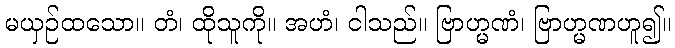
မယှဉ်ထသော။ တံ၊ ထိုသူကို။ အဟံ၊ ငါသည်။ ဗြာဟ္မဏံ၊ ဗြာဟ္မဏဟူ၍။